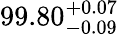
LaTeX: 99.80_{-0.09}^{~\! +0.07}